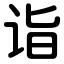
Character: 诣